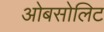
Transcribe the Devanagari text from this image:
ओबसोलिट